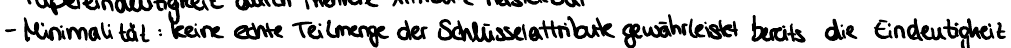
- Minimalität: keine echte Teilmenge der Schlüsselattribute gewährleistet bereits die Eindeutigkeit